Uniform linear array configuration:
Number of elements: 12
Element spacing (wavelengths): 1
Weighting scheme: binomial
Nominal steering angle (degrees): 45
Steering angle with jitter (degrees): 43.285
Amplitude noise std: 0.05
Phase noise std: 0.05

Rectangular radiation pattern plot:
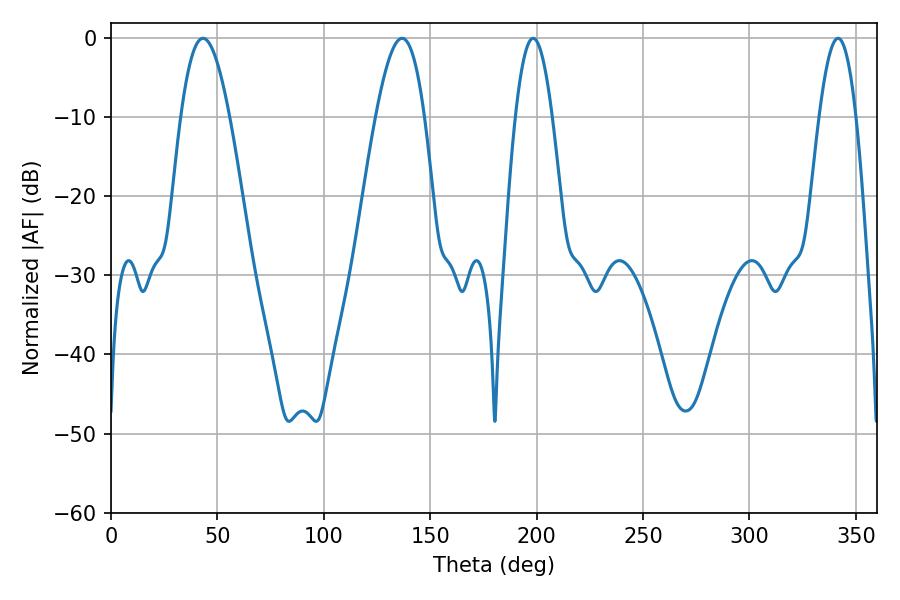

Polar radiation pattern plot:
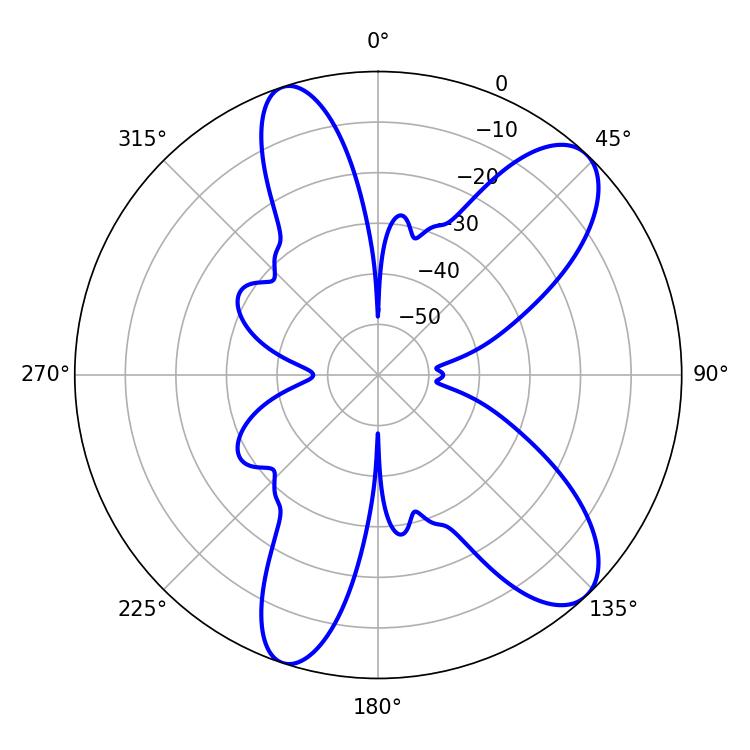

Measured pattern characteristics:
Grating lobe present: TRUE
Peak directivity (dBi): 9.786
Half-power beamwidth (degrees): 9.54
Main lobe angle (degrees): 341.64